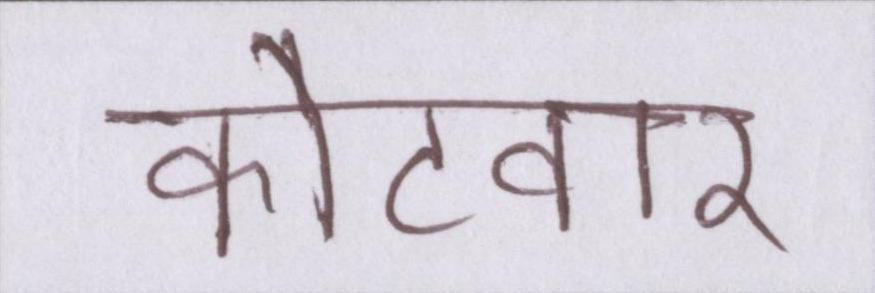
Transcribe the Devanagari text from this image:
कोटवार